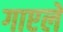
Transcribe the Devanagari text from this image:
गाएले